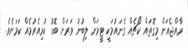
ރާއްޖެއަށް މިގޮތައް ކޯޗެއް ގެނައުމަކީ ޓީމަށް ލިބުނު ވަރަށް ބޮޑު ކުރިއެރުމެއް ކަމަށެވެ.